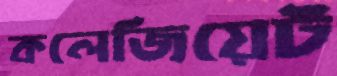
কলেজিয়েট